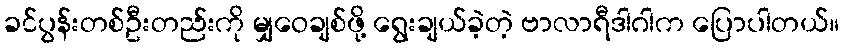
ခင်ပွန်းတစ်ဦးတည်းကို မျှဝေချစ်ဖို့ ရွေးချယ်ခဲ့တဲ့ ဗာလာရီဒါဂါက ပြောပါတယ်။